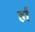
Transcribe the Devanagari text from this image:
र्हा